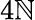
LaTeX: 4\mathbb{N}